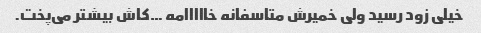
خیلی زود رسید ولی خمیرش متاسفانه خااااامه …کاش بیشتر می‌پخت.